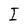
Character: I